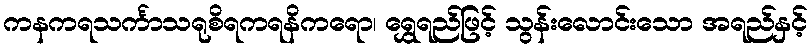
ကနကရသင်္ကာသရုစိရကရနိကရော၊ ရွှေရည်ဖြင့် သွန်းလောင်းသော အရည်နှင့်